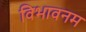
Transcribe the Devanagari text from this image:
विभावनम